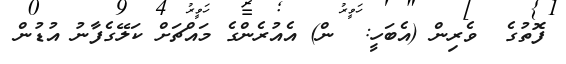
ފޮތުގެ  ވެރިން (އެބަހީ:  ން) އެއުރެންގެ މައްޗަށް ކަލޭގެފާނު އުޑުން